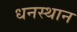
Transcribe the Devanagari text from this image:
धनस्थान